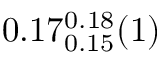
0 . 1 7 _ { 0 . 1 5 } ^ { 0 . 1 8 } ( 1 )